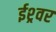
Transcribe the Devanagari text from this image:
ईश्र्वर